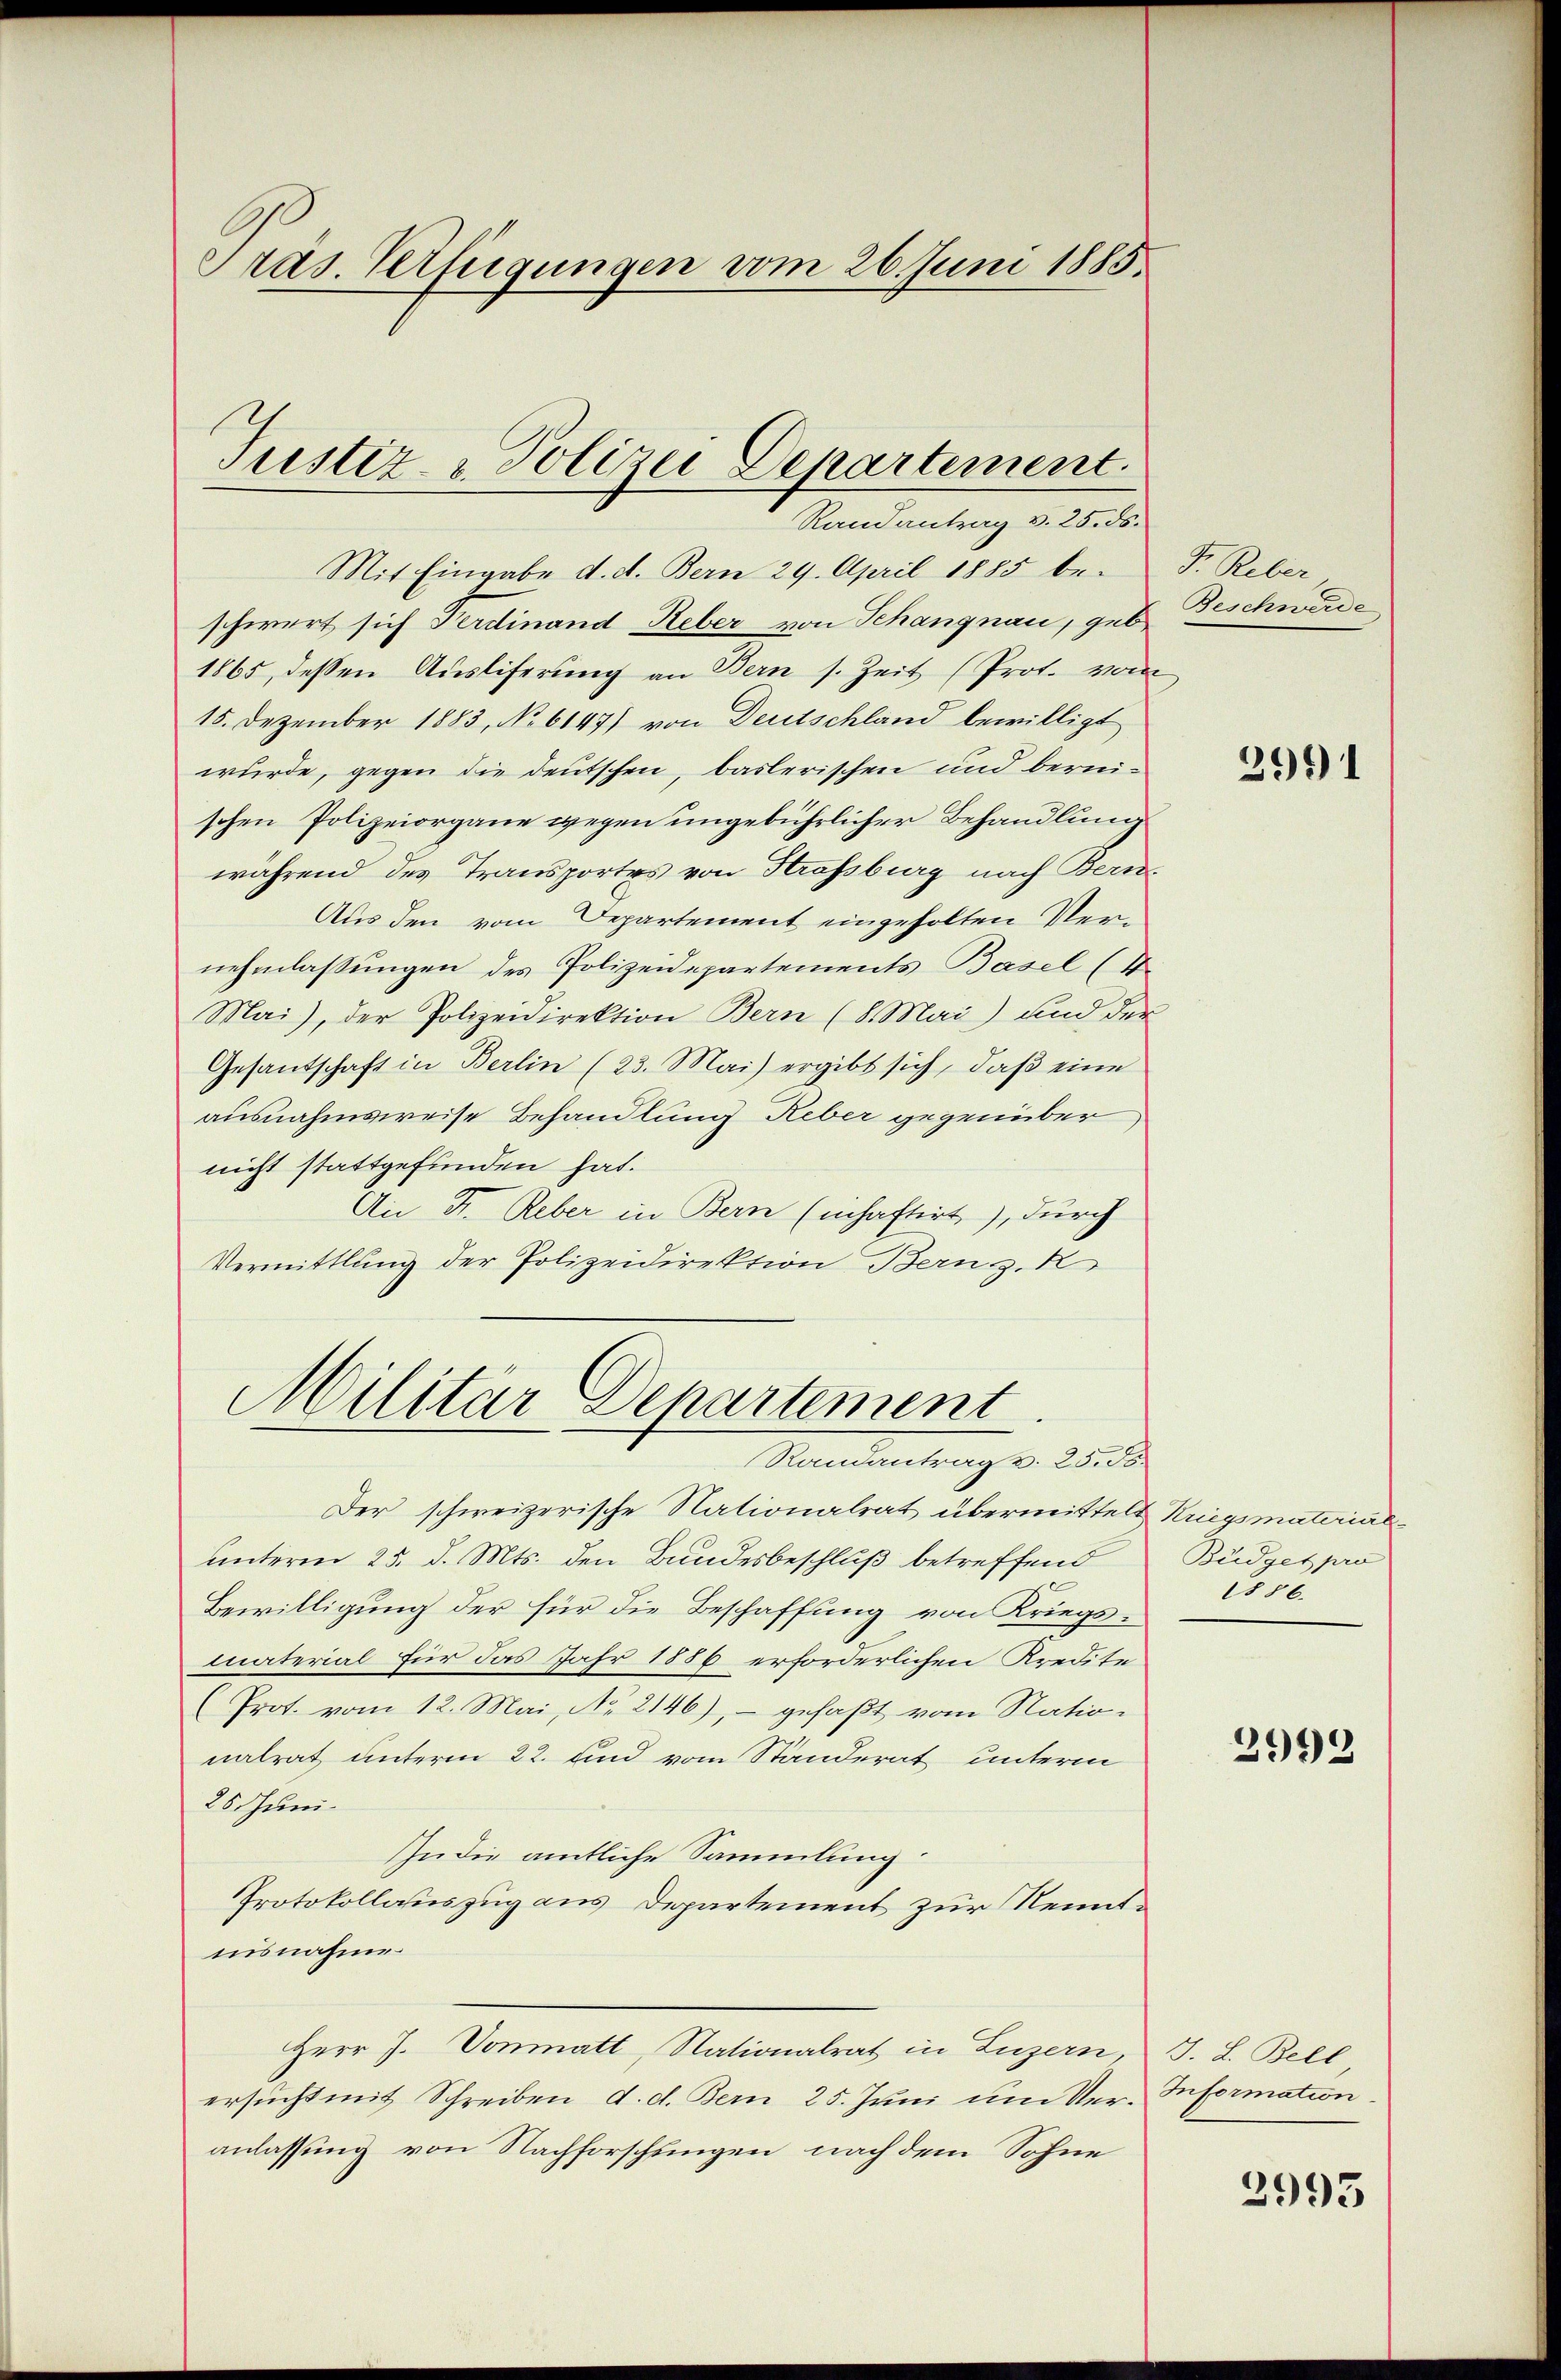
Präs. Verfügungen vom 26. Juni 1885.

Justiz- & Polizei Departement.
Randantrag v. 25. ds.

Mit Eingabe d. d. Bern 29. April 1885 be- F. Reber
schwert sich Ferdinand Reber von Schangnau, geb. Beschwerde
1865, dessen Ausliferung an Bern s. Zeit (Prot. vom
15. Dezember 1883, No 6147) von Deutschland bewilligt
wurde, gegen die deutschen, baslerischen und bereischen Polizeiorgane wegen ungebührlicher Behandlung
während des Transportes von Strassburg nach Bern-
Aus den vom Departement eingeholten Vernehmlassungen des Polizeidepartements Basel (4
Mai), der Polizeidirektion Bern (8. Mai) und der
Gesandschaft in Berlin (23. Mai) ergibt sich, daβ eine
ausnahmsweise Behandlung Reber gegenüber
nicht stattgefunden hat.
An Fr. Reber in Bern (inhaftirt), durch
Vermittlung der Polizeidirektion Bern z. R

Militär Departement
Randantrag v. 25. ds.

Der schweizerische Nationalrat übermittelt Kriegsmaterial
unterm 25. d. Mts. den Bundesbeschluß betreffend
Bewilligung der für die Beschaffung von Kriegsmaterial für das Jahr 1886 erforderlichen Kredite
(Prot. vom 12. Mai, No. 2146), - gefaßt vom Nation
natrat unterm 22. und vom Standerat unterm
25 Juni.
In die amtliche Sammlung.
Protokollauszug aus Departement zur Kenntnisnahme.
Herr J. Vonmatt, Nationalrat in Luzern, J. L. Bell,
ersucht mit Schreiben d. d. Bern 25. Juni um Ver-Information.
anlassung von Nachforschlingen, nach dem Sohne

299) 1

Büdget pro
56.

2993

2993